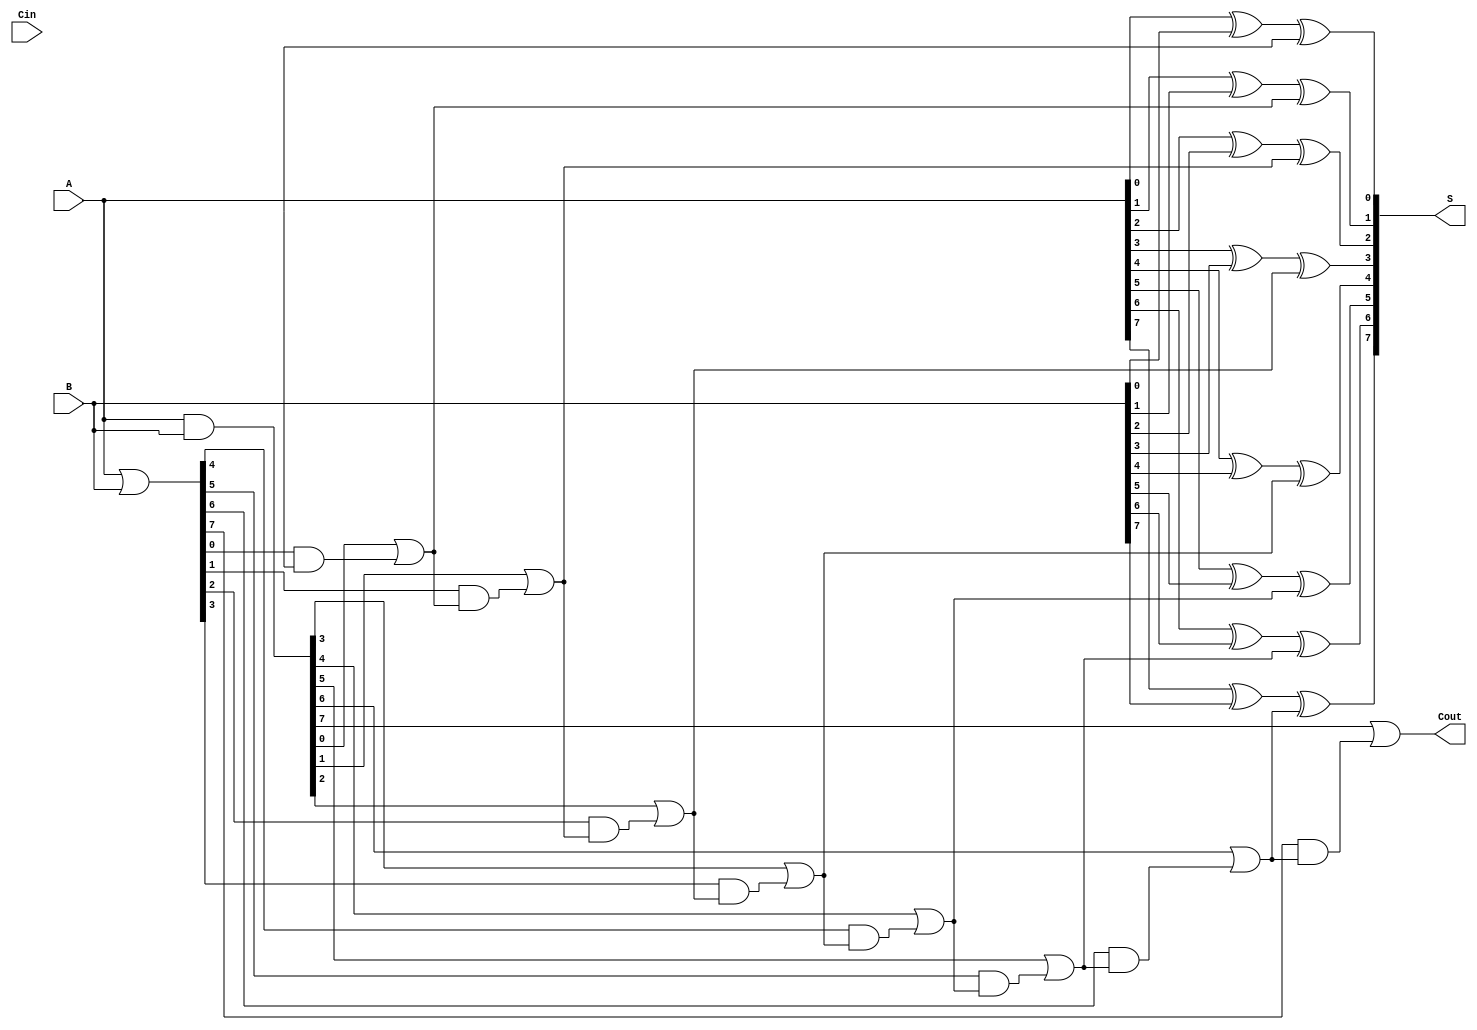
module VariableLatencyCLAA #(
    parameter N = 8 // Width of the adder
)(
    input [N-1:0] A,      // First operand
    input [N-1:0] B,      // Second operand
    input Cin,            // Carry-in
    output [N-1:0] S,     // Sum output
    output Cout           // Carry-out
);

    wire [N-1:0] G; // Generate signals
    wire [N-1:0] P; // Propagate signals
    wire [N:0] C;    // Carry signals (C[0] = Cin)

    // Generate and propagate signals
    assign G = A & B; // Generate
    assign P = A | B; // Propagate

    // Carry signal calculation using hierarchical approach
    // Level 1: Compute carry signals
    genvar i;
    generate
        for (i = 0; i < N; i = i + 1) begin : carry_level1
            assign C[i + 1] = G[i] | (P[i] & C[i]);
        end
    endgenerate

    // Sum calculation
    generate
        for (i = 0; i < N; i = i + 1) begin : sum_calculation
            assign S[i] = A[i] ^ B[i] ^ C[i];
        end
    endgenerate

    // Final carry-out signal
    assign Cout = C[N];

endmodule